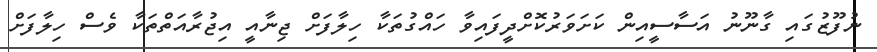
ނުފޫޒުގައި ގާނޫނު އަސާސީއިން ކަށަވަރުކޮށްދީފައިވާ ހައްގުތަކާ ހިލާފަށް ޖިނާއީ އިޖުރާއަތްތަކާ ވެސް ހިލާފަށް